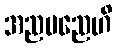
အညမညေဟိ